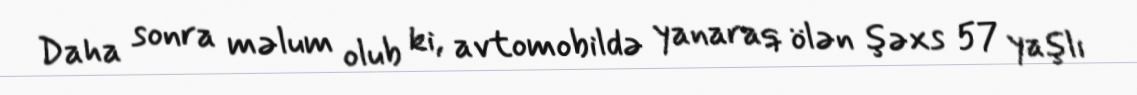
Daha sonra məlum olub ki, avtomobildə yanaraq ölən şəxs 57 yaşlı